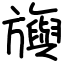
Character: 旟